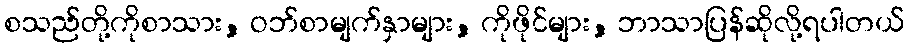
စသည်တို့ကိုစာသား, ဝဘ်စာမျက်နှာများ, ကိုဖိုင်များ, ဘာသာပြန်ဆိုလို့ရပါတယ်